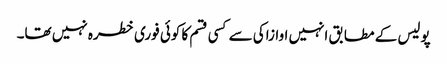
پولیس کے مطابق انہیں اوازاکی سے کسی قسم کا کوئی فوری خطرہ نہیں تھا۔